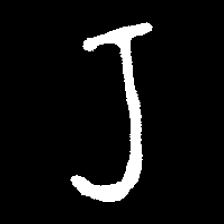
Pyu character \u2014 Myanmar letter: ရ (romanized: ra)